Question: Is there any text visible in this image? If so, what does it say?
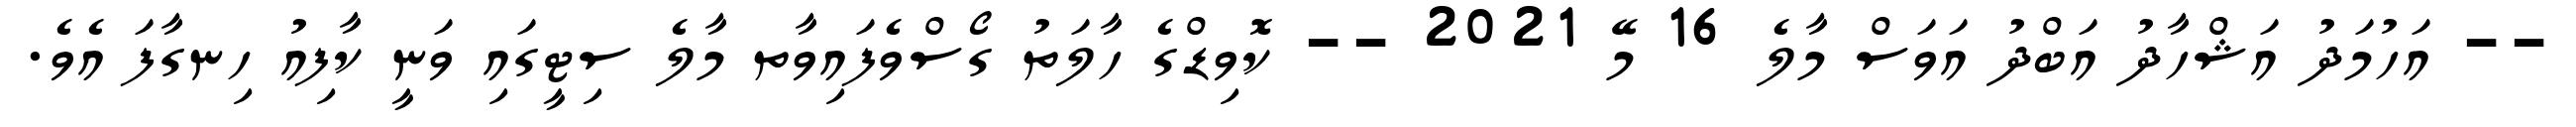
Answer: -- އަހުމަދު އަޝްހާދު އަބްދު އަވަސް މާލެ 16 މޭ 2021 -- ކޮވިޑްގެ ހާލަތު ގޯސްވެފައިވާތ މާލެ ސިޓީގައި ވަނީ ކާފިއު ހިނގާފަ އެވެ.